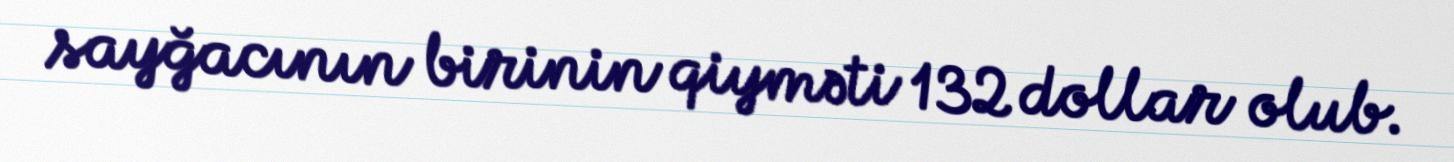
sayğacının birinin qiyməti 132 dollar olub.